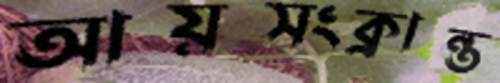
আয়সংক্রান্ত